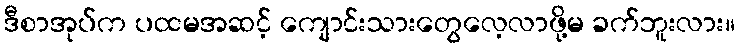
ဒီစာအုပ်က ပထမအဆင့် ကျောင်းသားတွေလေ့လာဖို့မ ခက်ဘူးလား။